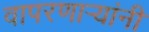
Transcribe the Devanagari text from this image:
वापरणार्‍यांनी